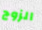
الزوج